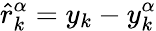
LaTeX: \hat{r}_{k}^{\alpha}=y_{k}-y_{k}^{\alpha}